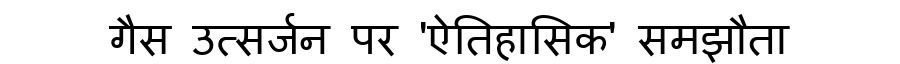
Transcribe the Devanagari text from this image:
गैस उत्सर्जन पर 'ऐतिहासिक' समझौता